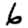
Digit: 6